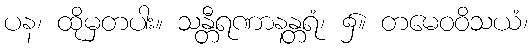
ပန၊ ထိုမှတပါး။ သန္တီရဏာနန္တရံ၊ ၌။ တမေဝဝိသယံ၊